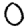
Digit: 0